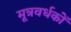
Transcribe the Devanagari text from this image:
मूत्रवर्धकों